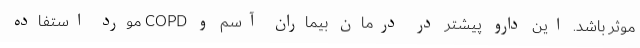
موثر باشد. این دارو پیشتر در درمان بیماران آسم و COPD مورد استفاده